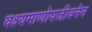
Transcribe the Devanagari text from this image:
वक्ष्यमाणोपजीवनेन